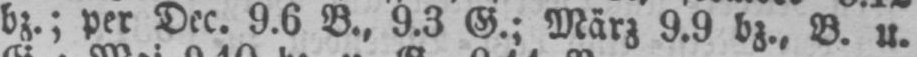
bz.; per Dec. 9.6 B., 9.3 G.; März 9.9 bz., B. u.